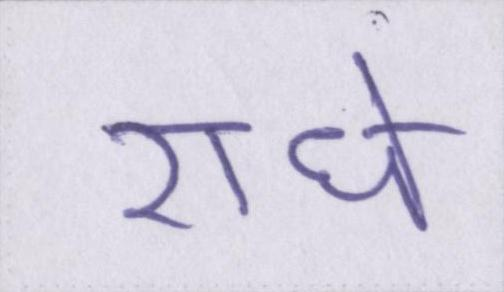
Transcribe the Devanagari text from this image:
राधे